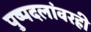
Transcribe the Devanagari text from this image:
पुष्पदलांवरही